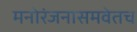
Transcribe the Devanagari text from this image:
मनोरंजनासमवेतच